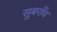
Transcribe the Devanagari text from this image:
सुबराँव